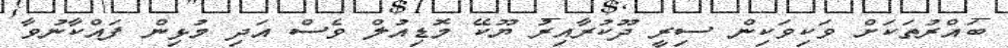
ބައްރުތަކަށް ވަކިވަކިން ސިރީ ދޫކުރާއިރު ޔޫކޭ މޮޑިއުލް ވެސް އަދި މުޅިން ފައްކާނުވާ